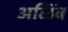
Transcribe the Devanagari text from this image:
अळिंब